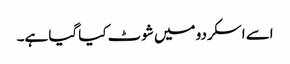
اسے اسکردو میں شوٹ کیا گیا ہے۔